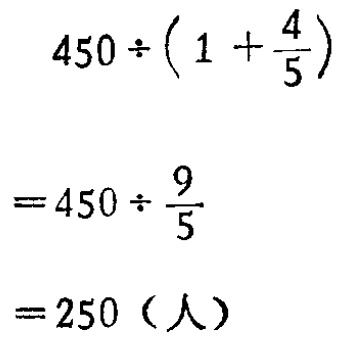
25. 已知数列\(\{ a_{n}\}\)的首项\(a_{1}=\frac{2}{3},a_{n + 1}=\frac{2a_{n}}{a_{n}+1},n = 1,2,3,\cdots\). 证明:数列\(\{\frac{1}{a_{n}} - 1\}\)是等比数列.